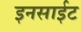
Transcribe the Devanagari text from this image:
इनसाईट